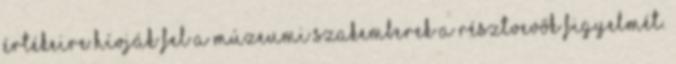
értékeire hívják fel a múzeumi szakemberek a résztvevők figyelmét.